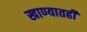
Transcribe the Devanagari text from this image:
खाण्यातही